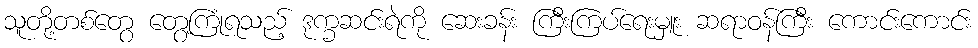
သူတို့တစ်တွေ တွေ့ကြုံရသည့် ဒုက္ခဆင်းရဲကို ဆေးခန်း ကြီးကြပ်ရေးမှူး ဆရာဝန်ကြီး ကောင်းကောင်း